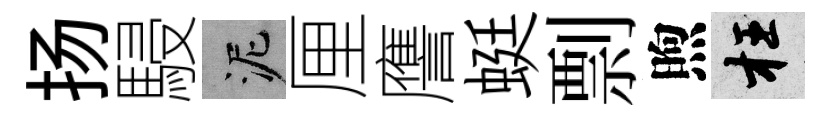
扬駸泥厘譍蜓剽煦枉